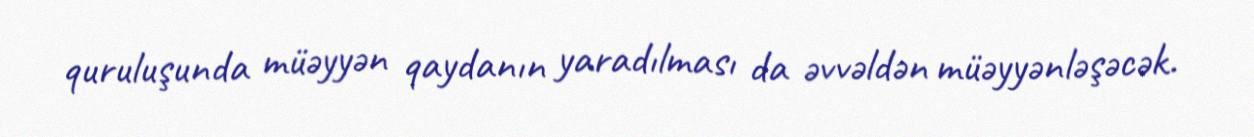
quruluşunda müəyyən qaydanın yaradılması da əvvəldən müəyyənləşəcək.